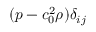
( p - c _ { 0 } ^ { 2 } \rho ) \delta _ { i j }